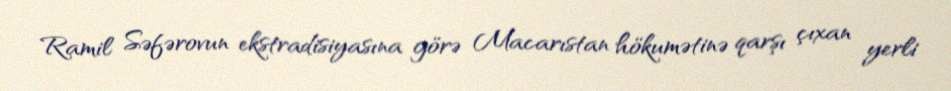
Ramil Səfərovun ekstradisiyasına görə Macarıstan hökumətinə qarşı çıxan yerli